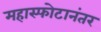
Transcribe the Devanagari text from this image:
महास्फोटानंतर